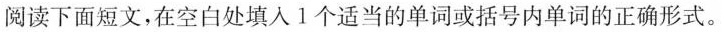
阅读下面短文，在空白处填人 1个适当的单词或括号内单词的正确形式。